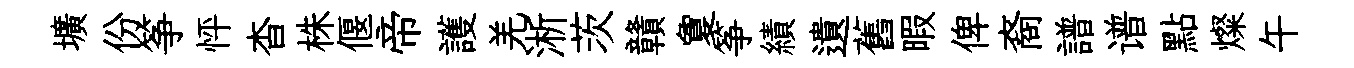
壙份筝怦杳株偃帝護羌淅茨贛夐筝績遺舊暇俾裔譜谱點燦午